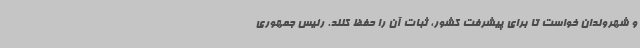
و شهروندان خواست تا برای پیشرفت کشور، ثبات آن را حفظ کنند. رئیس جمهوری